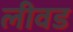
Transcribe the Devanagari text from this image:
लीवड